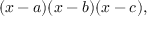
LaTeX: ( x - a ) ( x - b ) ( x - c ) ,